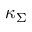
\kappa _ { \Sigma }